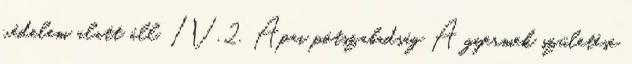
védelem alatt áll. IV.2. Apai pótszabadság A gyermek születése